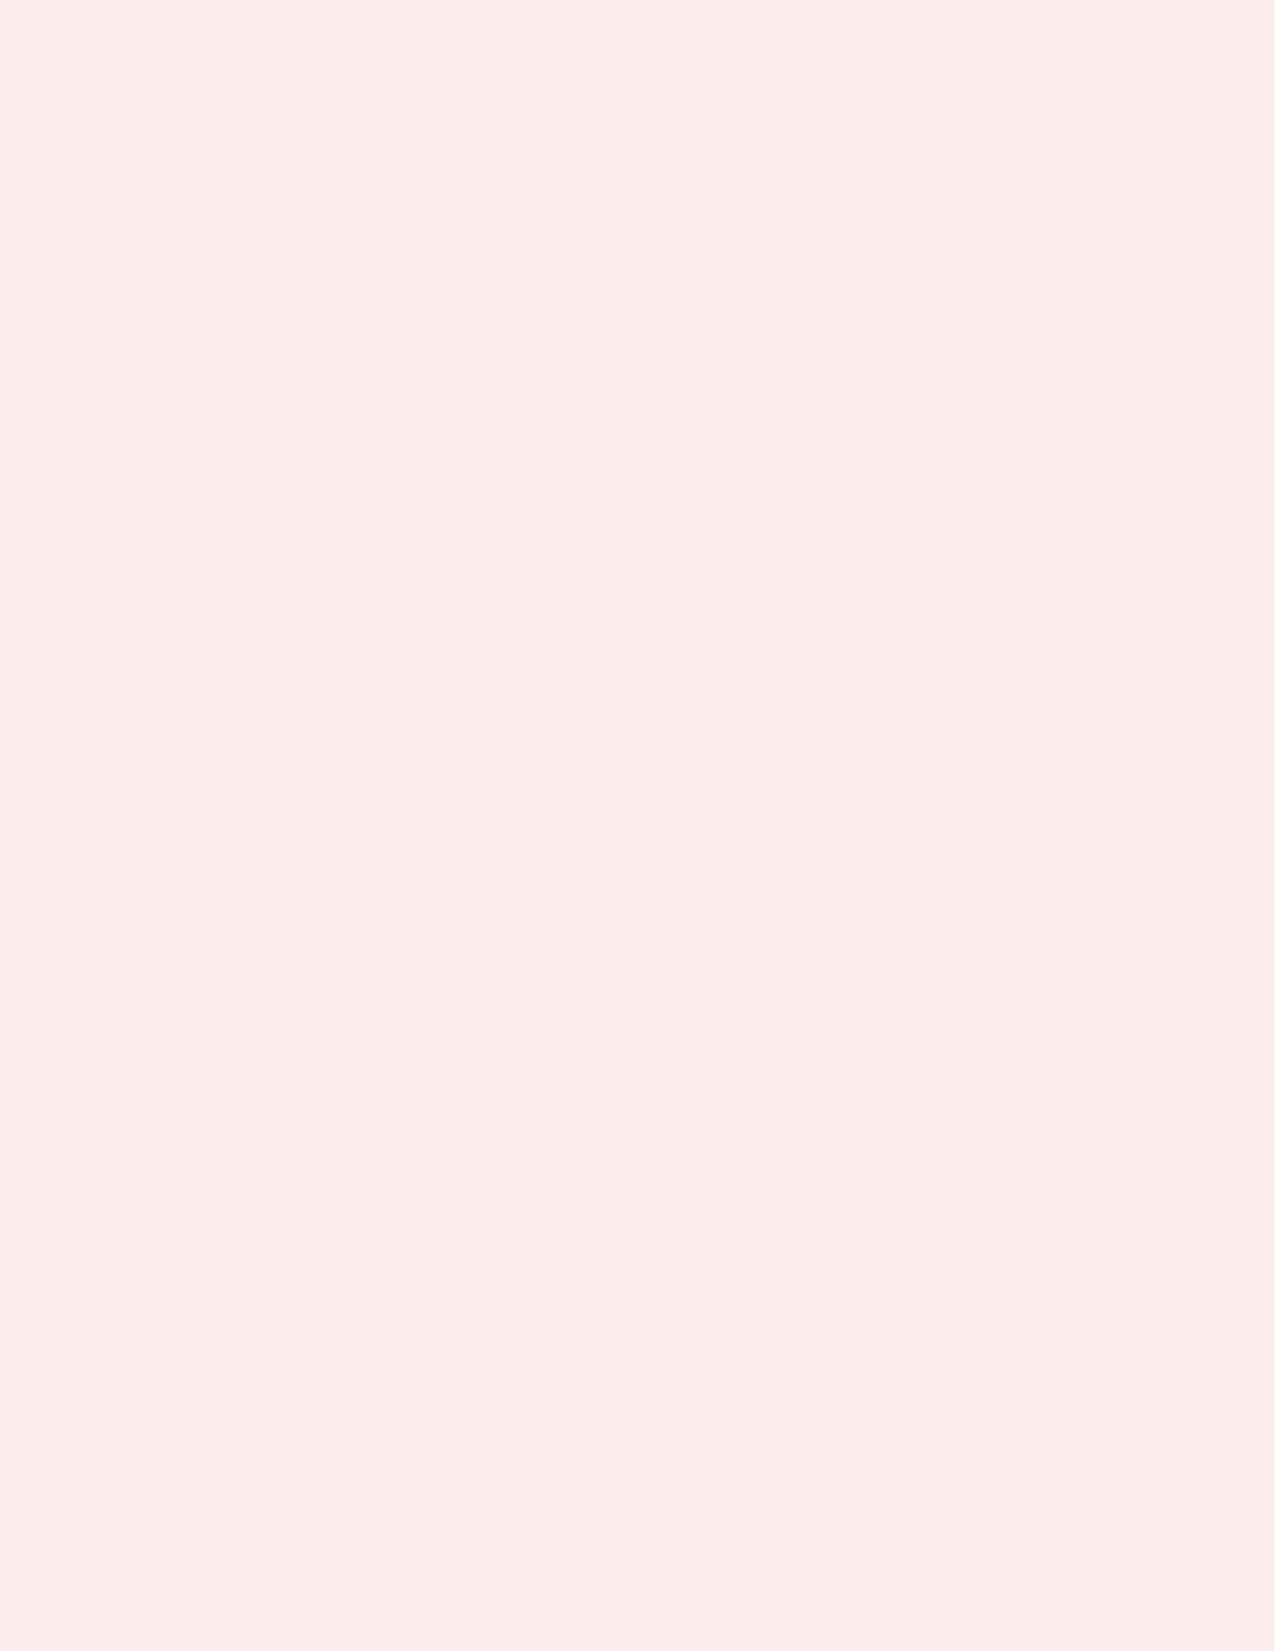
Chapter                1
 The     framework
 and     position
 of   the
 10th   Principle